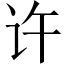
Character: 许